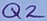
Text: Q2